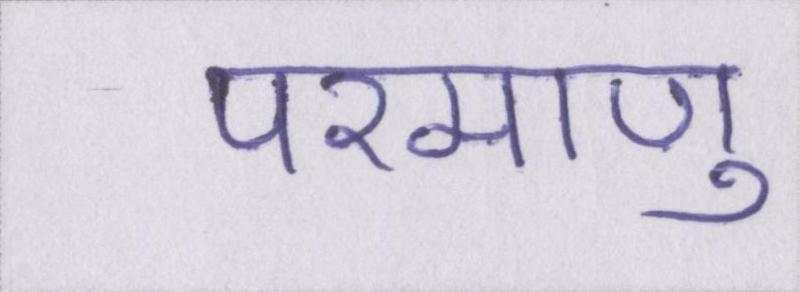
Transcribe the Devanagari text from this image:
परमाणु